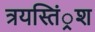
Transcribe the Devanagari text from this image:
त्रयस्तिं्रश